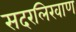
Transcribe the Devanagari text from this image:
सदरलिखाण